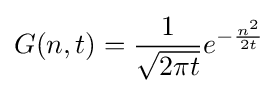
G(n,t)={\frac {1}{\sqrt {2\pi t}}}e^{-{\frac {n^{2}}{2t}}}